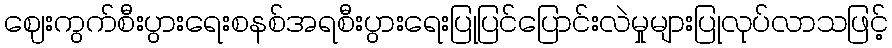
ဈေးကွက်စီးပွားရေးစနစ်အရစီးပွားရေးပြုပြင်ပြောင်းလဲမှုများပြုလုပ်လာသဖြင့်